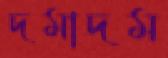
দমাদম